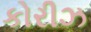
કોરીઝ